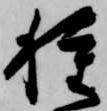
種